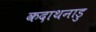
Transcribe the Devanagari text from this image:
कदाथनाडु